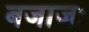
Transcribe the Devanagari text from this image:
बजाजः